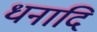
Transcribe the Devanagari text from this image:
धनादि